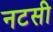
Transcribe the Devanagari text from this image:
नटसी